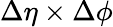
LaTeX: {\Delta\eta\times\Delta\phi}